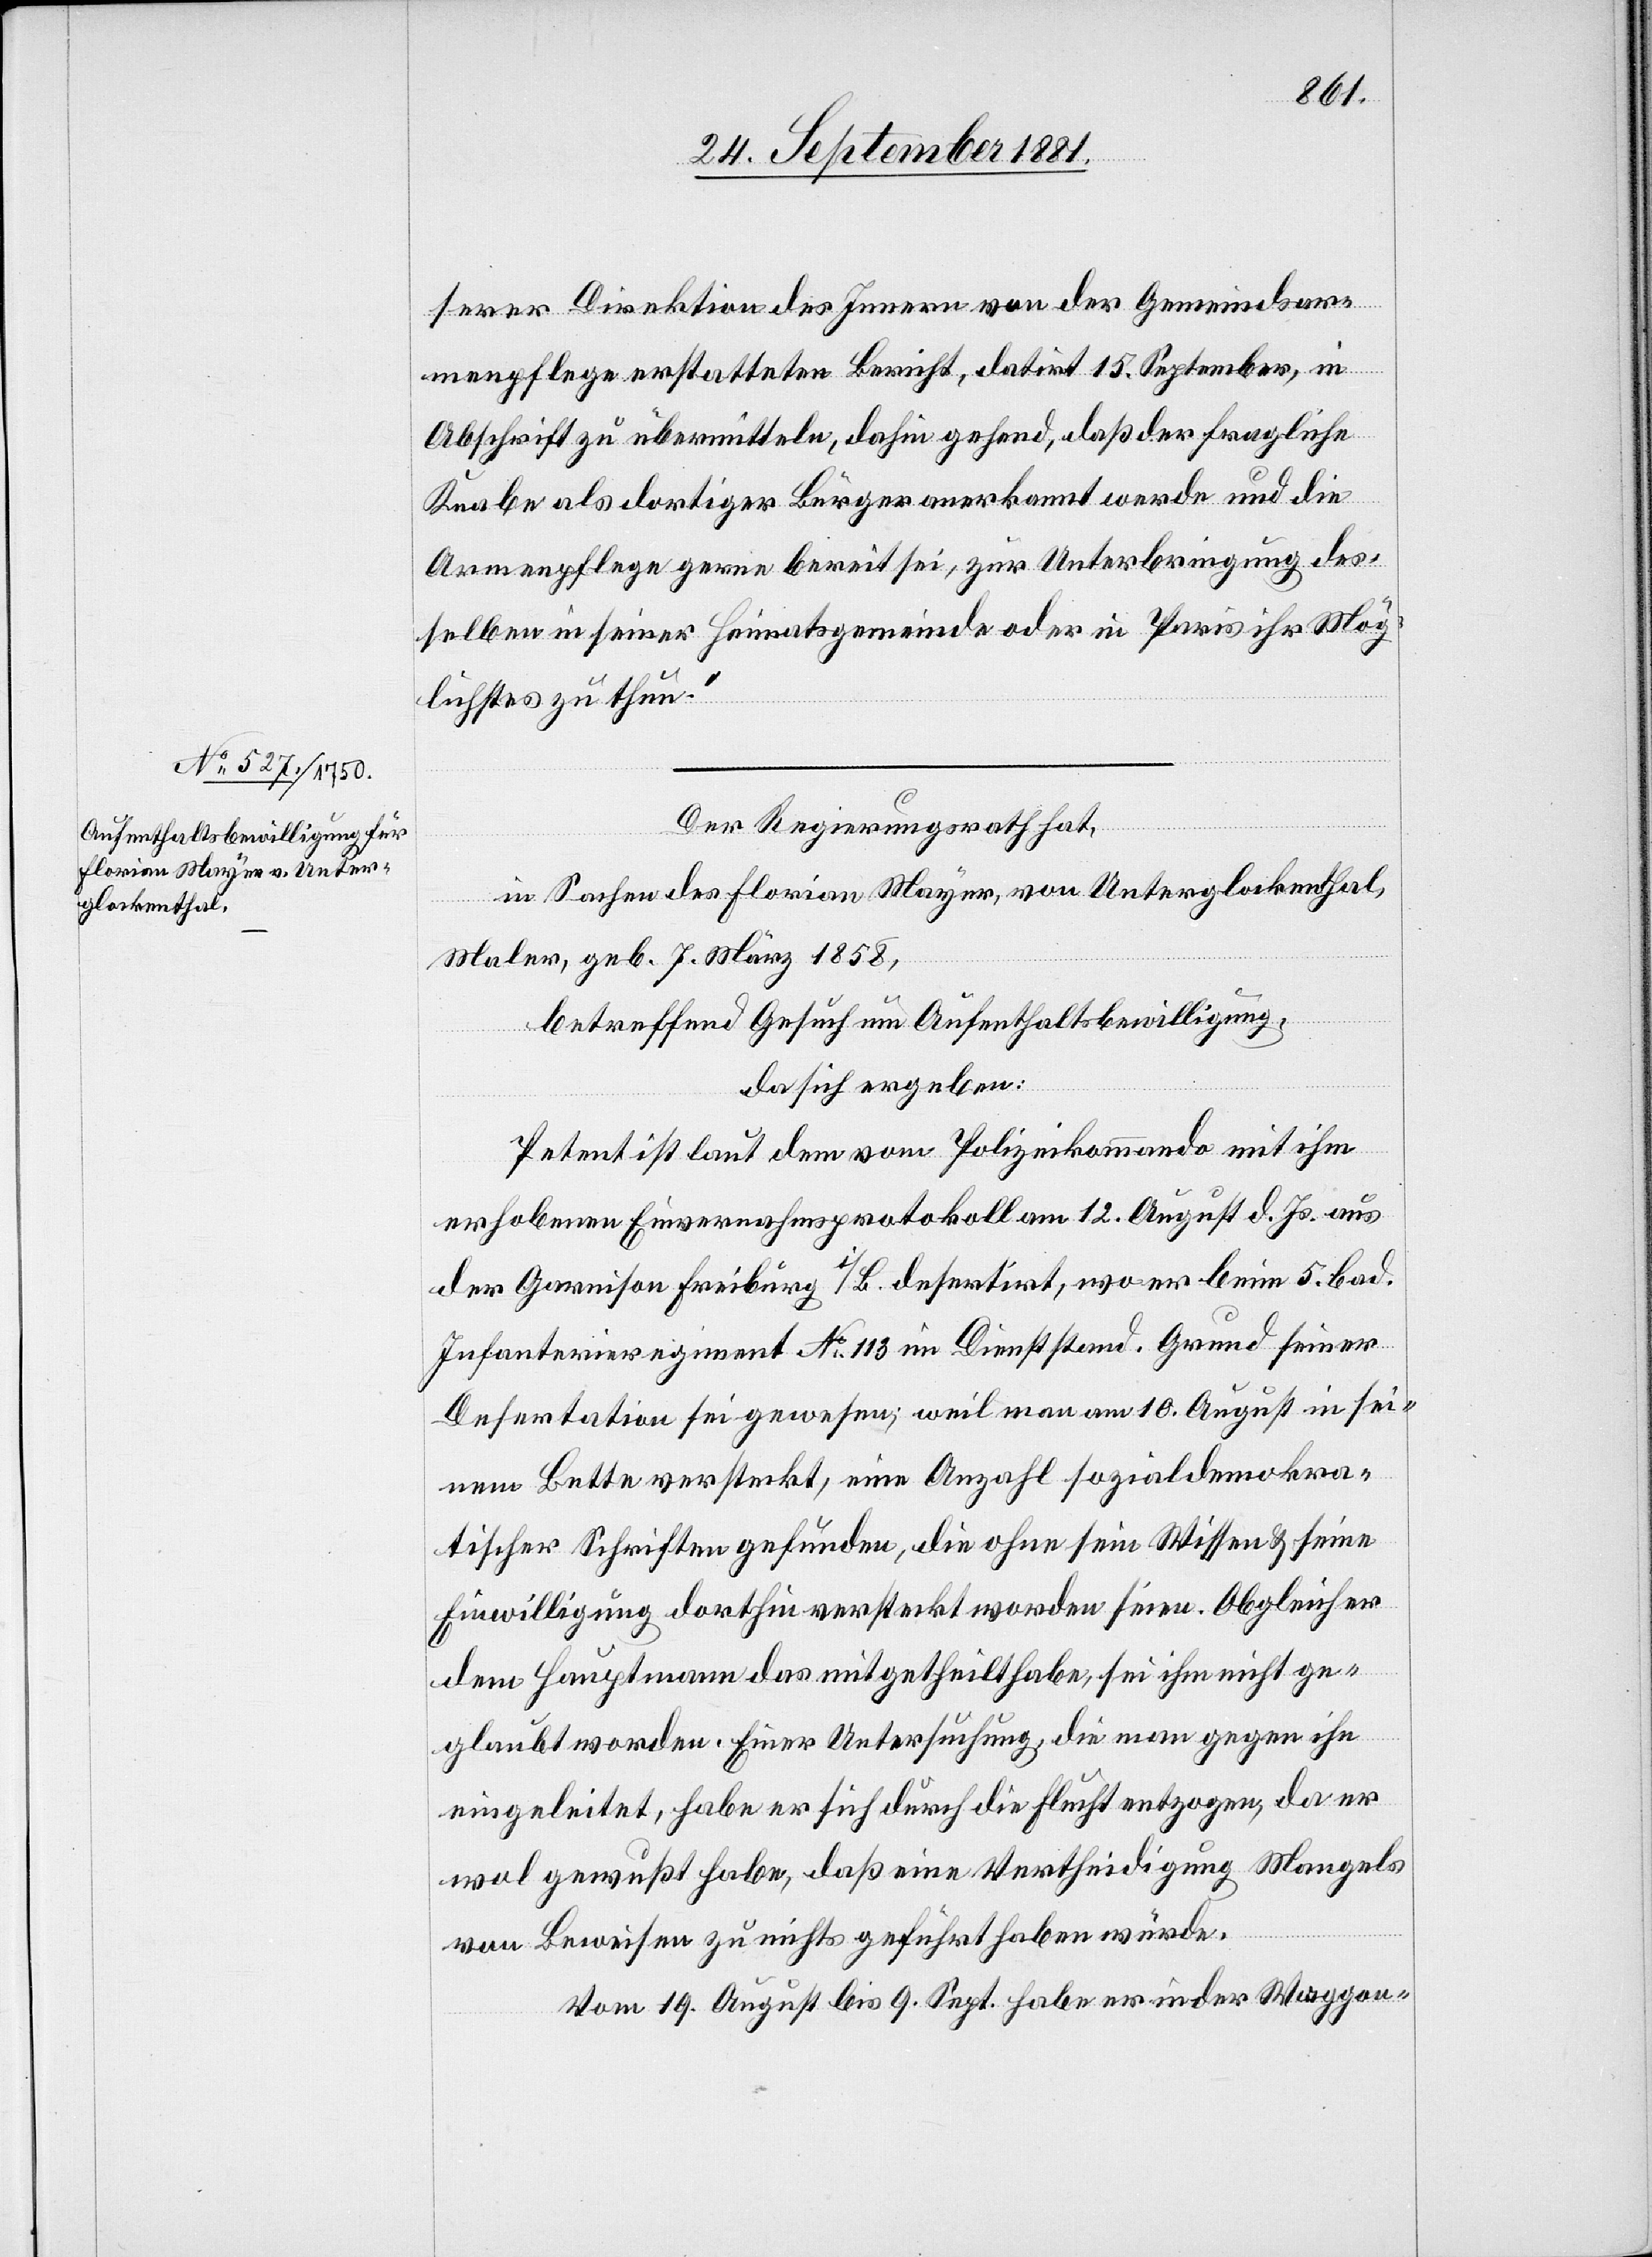
serer Direktion des Innern von der Gemeindsar¬
menpflege erstatteten Bericht, datirt 15. September, in
Abschrift zu übermitteln, dahin gehend, daß der fragliche
Knabe als dortiger Bürger anerkannt werde und die
Armenpflege gerne bereit sei, zur Unterbringung des¬
selben in seiner Heimatsgemeinde oder in Paris ihr Mög¬
liches zu thun.“
Der Regierungsrath hat,
in Sachen des Florian Mayer, von Unterglockenthal,
Maler, geb. 7. März 1858,
betreffend Gesuch um Aufenthaltsbewilligung,
da sich ergeben:
Petent ist laut dem vom Polizeikommando mit ihm
erhobenen Einvernahmsprotokoll am 12. August d. Js. aus
der Garnison Freiburg i/B. desertirt, wo er beim 5. bad.
Infanterieregiment No 113 im Dienst stand. Grund seiner
Desertation sei gewesen, weil man am 10. August in sei¬
nem Bette versteckt, eine Anzahl sozialdemokra¬
tischer Schriften gefunden, die ohne sein Wissen & seine
Einwilligung dorthin versteckt worden seien. Obgleich er
dem Hauptmann das mitgetheilt habe, sei ihm nicht ge¬
glaubt worden. Einer Untersuchung, die man gegen ihn
eingeleitet, habe er sich durch die Flucht entzogen, da er
wol gewußt habe, daß eine Vertheidigung Mangels
von Beweisen zu nichts geführt haben würde.
Vom 19. August bis 9. Sept. habe er in der Waggon-